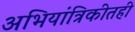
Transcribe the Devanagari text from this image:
अभियांत्रिकीतही